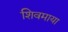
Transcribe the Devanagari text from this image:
शिवमाया